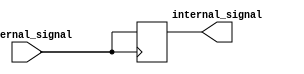
module ECL_IO_Block (
    input wire external_signal,
    output wire internal_signal
);

reg internal_buffer;

// Input buffer
always @ (posedge external_signal)
begin
    internal_buffer <= external_signal;
end

// Output buffer
assign internal_signal = internal_buffer;

endmodule